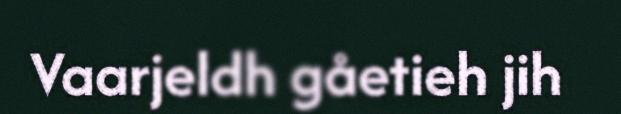
Vaarjeldh gåetieh jih